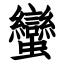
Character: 蠻